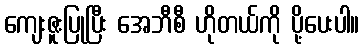
ကျေးဇူးပြုပြီး အေဘီစီ ဟိုတယ်ကို ပို့ပေးပါ။